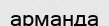
арманда